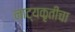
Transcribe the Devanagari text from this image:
नाट्यकृतीचा